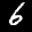
Label: 6